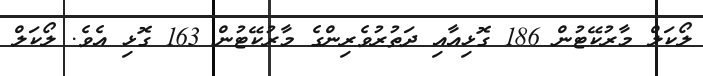
ލޯކަލް މާރުކޭޓުން 186 ގޮޅިއާއި ދަތުރުވެރިންގެ މާރުކޭޓުން 163 ގޮޅި އެވެ. ލޯކަލް